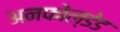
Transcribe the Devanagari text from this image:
अनफोल्डेड